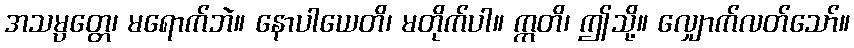
အသမ္ပတ္တေ၊ မရောက်ဘဲ။ နောပါယေတိ၊ မတိုက်ပါ။ ဣတိ၊ ဤသို့။ လျှောက်လတ်သော်။